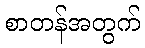
စာတန်အတွက်